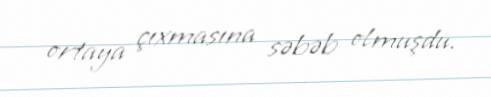
ortaya çıxmasına səbəb olmuşdu.